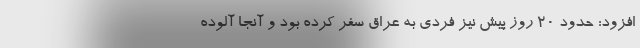
افزود: حدود 20 روز پیش نیز فردی به عراق سفر کرده بود و آنجا آلوده